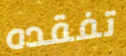
تفقده